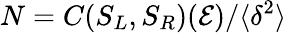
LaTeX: N=C(S_{L},S_{R})(\mathcal{E})/\langle\delta^{2}\rangle